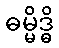
ဓမ္မိဒ္ဓိ